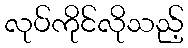
လုပ်ကိုင်လိုသည့်